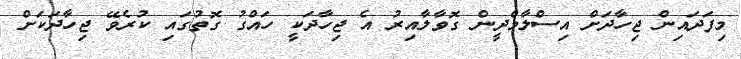
މިފަދައިން ޖިހާދަށް އިސްލާމްދީން ގޮވާލާއިރު އެ ޖިހާދަކީ ހައްގު ގޮތުގައި ކުރެވޭ ޖިހާދަކަށް